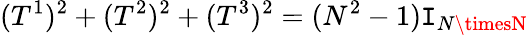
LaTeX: (T^{1})^{2}+(T^{2})^{2}+(T^{3})^{2}=(N^{2}-1)\mathtt{I}_{N\timesN}